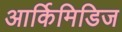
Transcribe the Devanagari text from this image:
आर्किमिडिज